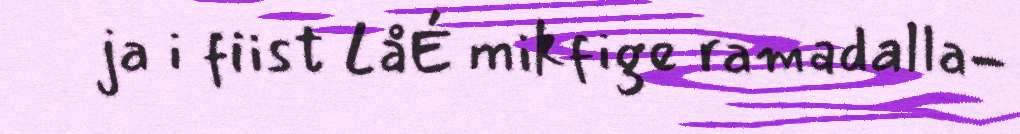
ja i fiist LåÉ mikfige ramadalla-